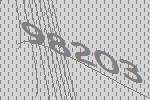
98203